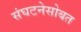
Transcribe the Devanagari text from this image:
संघटनेसोबत